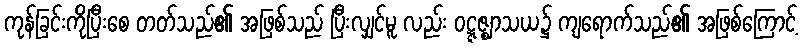
ကုန်ခြင်းကိုပြီးစေ တတ်သည်၏ အဖြစ်သည် ပြီးလျှင်မူ လည်း ဝဋ္ဋဇ္ဈာသယ၌ ကျရောက်သည်၏ အဖြစ်ကြောင့်